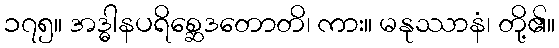
၁၇၅။ အဒ္ဓါနပရိစ္ဆေဒတောတိ၊ ကား။ မနုဿာနံ၊ တို့၏။